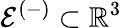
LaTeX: \mathcal{E}^{(-)}\subset\mathbb{R}^{3}